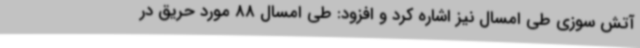
آتش سوزی طی امسال نیز اشاره کرد و افزود: طی امسال 88 مورد حریق در